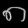
Digit: ၈